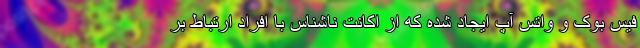
فیس بوک و واتس آپ ایجاد شده که از اکانت ناشناس با افراد ارتباط بر